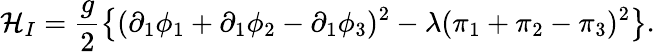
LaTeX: {\cal H}_{I}=\frac{g}{2}\left\{ (\partial_{1}\phi_{1}+\partial_{1}\phi_{2}-\partial_{1}\phi_{3})^{2}-\lambda(\pi_{1}+\pi_{2}-\pi_{3})^{2}\right\} .